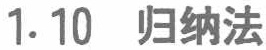
1.10 归纳法